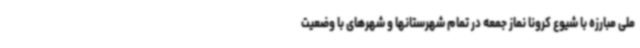
ملی مبارزه با شیوع کرونا نماز جمعه در تمام شهرستانها و شهرهای با وضعیت